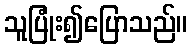
သူပြုံး၍ပြောသည်။